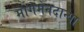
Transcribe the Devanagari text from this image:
मागेमेनदान्या